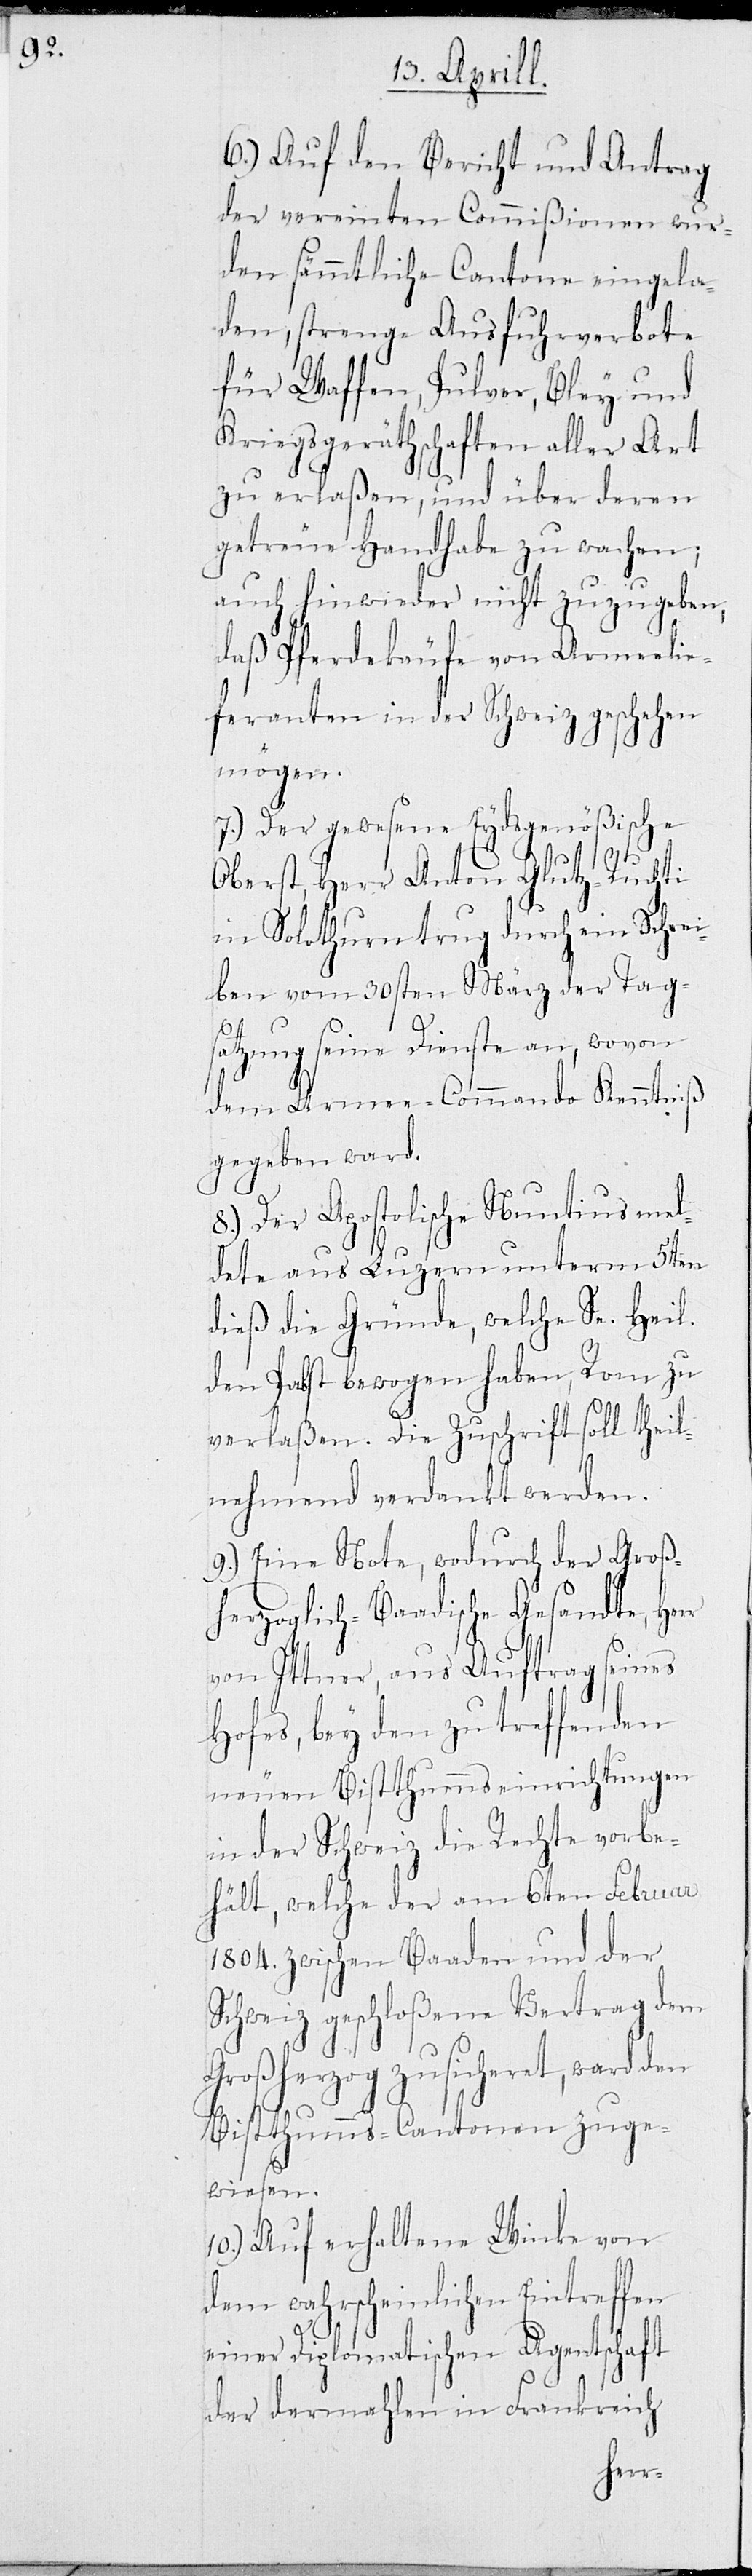
6.) Auf den Bericht und Antrag
der vereinten Commißionen wur¬
den sämmtliche Cantone eingela¬
den, strenge Ausfuhrverbote
für Waffen, Pulver, Bley und
Kriegsgeräthschaften aller Art
zu erlaßen, und über deren
getreue Handhabe zu wachen;
auch hinwieder nicht zuzugeben,
daß Pferdekäufe von Armeelie¬
feranten in der Schweiz geschehen
mögen.
7.) Der gewesene Eydsgenößiche
Oberst, Herr Anton Glutz-Ruchti
in Solothurn trug durch ein Schrei¬
ben vom 30sten März der Tag¬
satzung seine Dienste an, wovon
dem Armee-Commando Kenntniß
gegeben ward.
8.) Der Apostolische Nuntius mel¬
dete aus Luzern unterm 5ten
dieß die Gründe, welche Se. Heil.
den Papst bewogen haben, Rom zu
verlaßen. Die Zuschrift soll theil¬
nehmend verdankt werden.
9.) Eine Note, wodurch der Groß¬
herzoglich-Baadische Gesandte, He¬
von Ittner, aus Auftrag seines
Hofes, bey den zutreffenden
neuen Bistthummseinrichtungen
in der Schweiz die Rechte vorbe¬
hält, welche der am 6ten Februar
1804. zwischen Baaden und der
Schweiz geschloßene Vertrag dem
Großherzog zusicheret, ward den
Bistthumms-Cantonen zuge¬
wiesen.
10.) Auf erhaltene Winke von
dem wahrscheinlichen Eintreffen
rr
einer Diplomatischen Agentschaft
der dermahlen in Frankreich